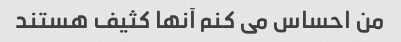
من احساس می کنم آنها کثیف هستند